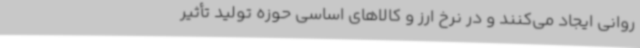
روانی ایجاد می‌کنند و در نرخ ارز و کالاهای اساسی حوزه تولید تأثیر